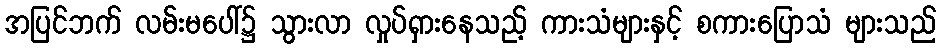
အပြင်ဘက် လမ်းမပေါ်၌ သွားလာ လှုပ်ရှားနေသည့် ကားသံများနှင့် စကားပြောသံ များသည်